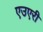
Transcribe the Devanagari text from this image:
एउएरी